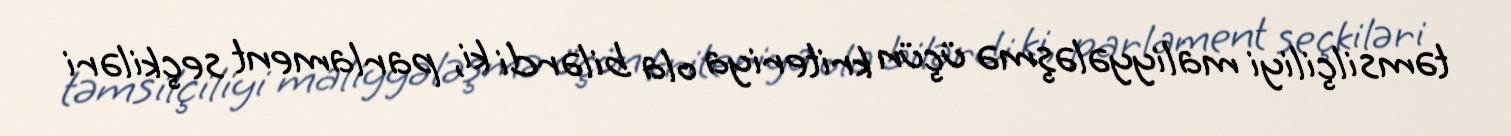
təmsilçiliyi maliyyələşmə üçün kriteriya ola bilərdi ki, parlament seçkiləri